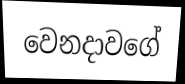
වෙනදාවගේ